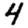
Digit: 4